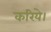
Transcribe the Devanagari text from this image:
करिये।